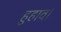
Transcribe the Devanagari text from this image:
हुहाव।